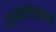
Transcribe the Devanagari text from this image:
अज़तालान